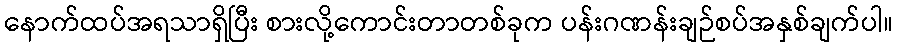
နောက်ထပ်အရသာရှိပြီး စားလို့ကောင်းတာတစ်ခုက ပန်းဂဏန်းချဉ်စပ်အနှစ်ချက်ပါ။